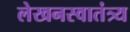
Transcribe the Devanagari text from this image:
लेखनस्वातंत्र्य